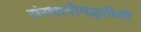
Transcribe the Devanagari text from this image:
संस्थानीपद्धतीची